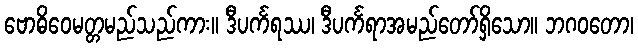
ဗောဓိဝေမတ္တမည်သည်ကား။ ဒီပင်္ကရဿ၊ ဒီပင်္ကရာအမည်တော်ရှိသော။ ဘဂဝတော၊